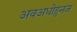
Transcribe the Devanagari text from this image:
अवअधोहुनज